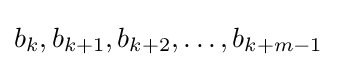
b_{k},b_{k+1},b_{k+2},\ldots ,b_{k+m-1}